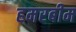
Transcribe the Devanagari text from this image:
हमरबीम